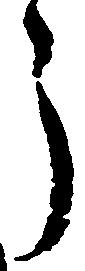
う